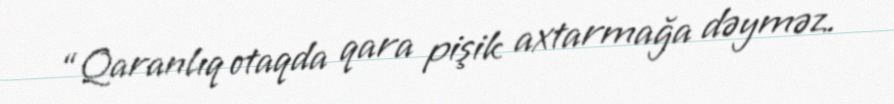
“Qaranlıq otaqda qara pişik axtarmağa dəyməz.